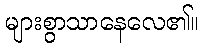
များစွာသာနေလေ၏။